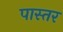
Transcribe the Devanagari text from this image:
पास्तर